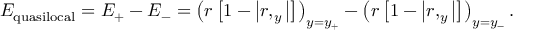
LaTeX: E _ { \mathrm { q u a s i l o c a l } } = E _ { + } - E _ { - } = \left( r \left[ 1 - \left| r , _ { y } \right| \right] \right) _ { y = y _ { + } } - \left( r \left[ 1 - \left| r , _ { y } \right| \right] \right) _ { y = y _ { - } } .